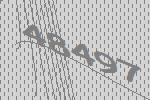
48497